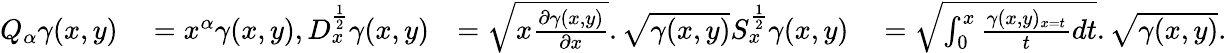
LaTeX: \begin{array}{rlrl}{Q_{\alpha}\gamma(x,y)}&{{}=x^{\alpha}\gamma(x,y),D_{x}^{\frac{1}{2}}\gamma(x,y)}&{=\sqrt{x\frac{\partial\gamma(x,y)}{\partial x}}.\sqrt{\gamma(x,y)}S_{x}^{\frac{1}{2}}\gamma(x,y)}&{{}=\sqrt{\int_{0}^{x}\frac{\gamma(x,y)_{x=t}}{t}dt}.\sqrt{\gamma(x,y)}.}\end{array}